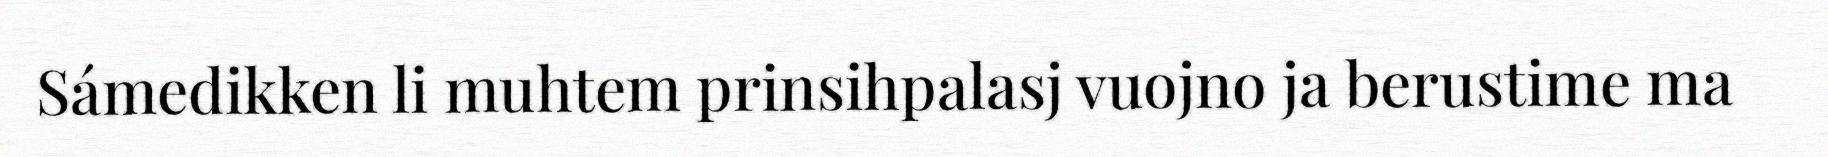
Sámedikken li muhtem prinsihpalasj vuojno ja berustime ma